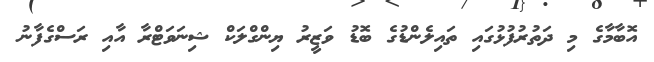
އޮބާމާގެ މި ދަތުރުފުޅުގައި ތައިލެންޑުގެ ބޮޑު ވަޒީރު ޔިންގްލަކް ޝިނަވަޓްރާ އާއި ރަސްގެފާނު